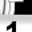
Digit: 1